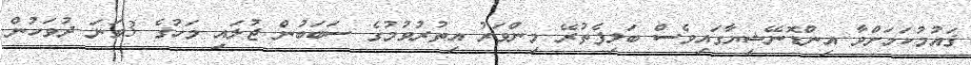
ޤައުމުކަމަށްވާ އިންޑޮނޭޝިޔާގައިވެސް ބަލިފެތުރޭ މިންވަރު އިތުރުވުމުގެ ސަބަބުން ޖުލައި މަހުގެ 3ވަނަ ދުވަހުން